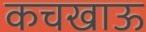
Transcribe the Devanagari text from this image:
कचखाऊ